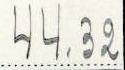
44.32